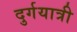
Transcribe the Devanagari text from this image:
दुर्गयात्री